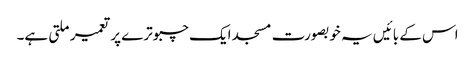
اس کے بائیں یہ خوبصورت مسجد ایک چبوترے پر تعمیر ملتی ہے۔